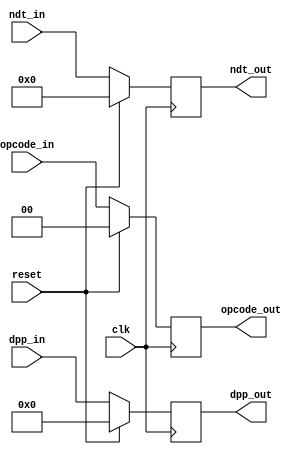
module stage_1 #(parameter data_size = 32, parameter tag_size = 8) (
    // CLK/RST Signals
    input clk,
    input reset,

    // Opcodes (2 bits)
    input[1:0] opcode_in,
    output reg[1:0] opcode_out,

    // Data Plus Parity (DPP) (data_size+1 bits)
    input[(data_size):0] dpp_in,
    output reg[(data_size):0] dpp_out,

    // Network Data Plus Tag (NDT) (data_size+tag_size bits)
    input[(data_size+tag_size-1):0] ndt_in,
    output reg[(data_size+tag_size-1):0] ndt_out
);

    // Reset/Update outputs on positive edge of clock
    always @(posedge clk) begin
        if (reset) begin
            opcode_out <= 0;
            dpp_out <= 0;
            ndt_out <= 0;
        end else begin
            opcode_out <= opcode_in;
            dpp_out <= dpp_in;
            ndt_out <= ndt_in;
        end
    end

endmodule